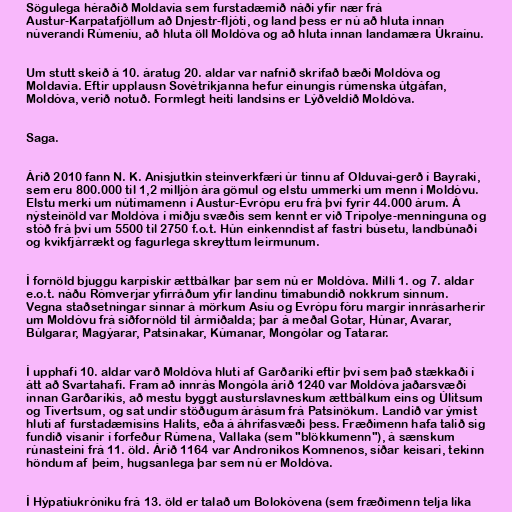
Sögulega héraðið Moldavía sem furstadæmið náði yfir nær frá
Austur-Karpatafjöllum að Dnjestr-fljóti, og land þess er nú að hluta innan
núverandi Rúmeníu, að hluta öll Moldóva og að hluta innan landamæra Úkraínu.

Um stutt skeið á 10. áratug 20. aldar var nafnið skrifað bæði Moldóva og
Moldavía. Eftir upplausn Sovétríkjanna hefur einungis rúmenska útgáfan,
Moldóva, verið notuð. Formlegt heiti landsins er Lýðveldið Moldóva.

Saga.

Árið 2010 fann N. K. Anisjutkin steinverkfæri úr tinnu af Olduvai-gerð í Bayraki,
sem eru 800.000 til 1,2 milljón ára gömul og elstu ummerki um menn í Moldóvu.
Elstu merki um nútímamenn í Austur-Evrópu eru frá því fyrir 44.000 árum. Á
nýsteinöld var Moldóva í miðju svæðis sem kennt er við Tripolye-menninguna og
stóð frá því um 5500 til 2750 f.o.t. Hún einkenndist af fastri búsetu, landbúnaði
og kvikfjárrækt og fagurlega skreyttum leirmunum.

Í fornöld bjuggu karpískir ættbálkar þar sem nú er Moldóva. Milli 1. og 7. aldar
e.o.t. náðu Rómverjar yfirráðum yfir landinu tímabundið nokkrum sinnum.
Vegna staðsetningar sinnar á mörkum Asíu og Evrópu fóru margir innrásarherir
um Moldóvu frá síðfornöld til ármiðalda; þar á meðal Gotar, Húnar, Avarar,
Búlgarar, Magýarar, Patsinakar, Kúmanar, Mongólar og Tatarar.

Í upphafi 10. aldar varð Moldóva hluti af Garðaríki eftir því sem það stækkaði í
átt að Svartahafi. Fram að innrás Mongóla árið 1240 var Moldóva jaðarsvæði
innan Garðaríkis, að mestu byggt austurslavneskum ættbálkum eins og Úlitsum
og Tivertsum, og sat undir stöðugum árásum frá Patsinökum. Landið var ýmist
hluti af furstadæmisins Halits, eða á áhrifasvæði þess. Fræðimenn hafa talið sig
fundið vísanir í forfeður Rúmena, Vallaka (sem "blökkumenn"), á sænskum
rúnasteini frá 11. öld. Árið 1164 var Andronikos Komnenos, síðar keisari, tekinn
höndum af þeim, hugsanlega þar sem nú er Moldóva.

Í Hýpatíukróniku frá 13. öld er talað um Bolokóvena (sem fræðimenn telja líka